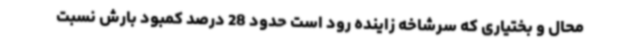
محال و بختیاری که سرشاخه زاینده رود است حدود 28 درصد کمبود بارش نسبت